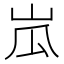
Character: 𱛘